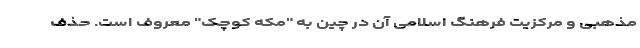
مذهبی و مرکزیت فرهنگ اسلامی آن در چین به "مکه کوچک" معروف است. حذف